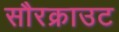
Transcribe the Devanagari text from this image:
सौरक्राउट